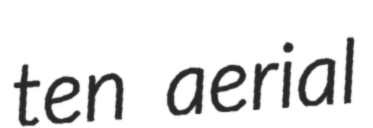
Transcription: ten aerial